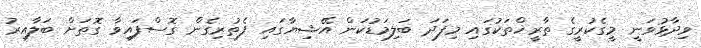
ވިދާޅުވަނީ މީގެކުރީގެ ތާރީޚްތަކުގައި މިފަދަ ބަލިމަޑުކަން އޭޝިޔާގައި ފެތުރިގެން ގޮސްފައިވާ ގޮތަށް ބަލާއިރު